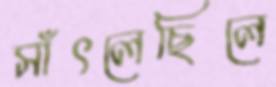
সাঁৎলেছিলে